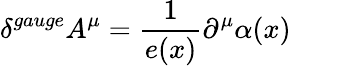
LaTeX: \delta^{gauge}A^{\mu}=\frac 1{e(x)}\partial^{\mu}\alpha(x)\qquad